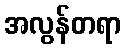
အလွန်တရာ